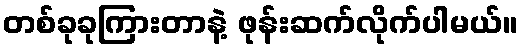
တစ်ခုခုကြားတာနဲ့ ဖုန်းဆက်လိုက်ပါမယ်။